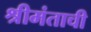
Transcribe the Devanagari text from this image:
श्रीमंताची